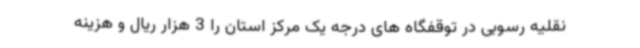
نقلیه رسوبی در توقفگاه های درجه یک مرکز استان را 3 هزار ریال و هزینه